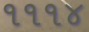
૧૧૧૪